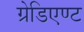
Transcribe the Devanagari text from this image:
ग्रेडिएण्ट